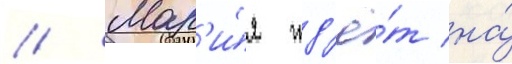
// Мар'и́я жд'ё́т на́